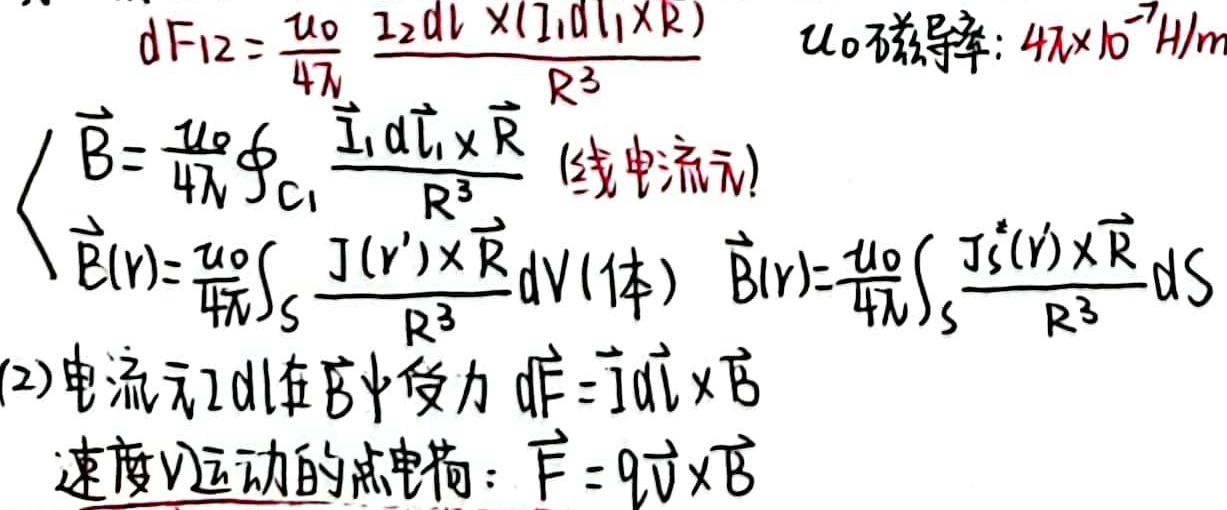
磁导率\(\mu_0\)：\(4\pi\times 10^{-7} \text{H}/\text{m}\)
\[
dF_{12}=\frac{\mu_0}{4\pi}\frac{I_2 d\vec{l}_2\times (I_1 d\vec{l}_1\times \vec{R})}{R^{3}}
\]
\[
\begin{cases}
\vec{B}=\frac{\mu_0}{4\pi}\oint_{C_1}\frac{I_1 d\vec{l}_1\times \vec{R}}{R^{3}} & \text{(线电流元)}\\
\vec{B}(\vec{r})=\frac{\mu_0}{4\pi}\int_{V}\frac{\vec{J}(\vec{r}')\times \vec{R}}{R^{3}}dV & \text{(体)}\\
\vec{B}(\vec{r})=\frac{\mu_0}{4\pi}\int_{S}\frac{\vec{J}_S(\vec{r}')\times \vec{R}}{R^{3}}dS
\end{cases}
\]
(2) 电流元\(I d\vec{l}\)在\(\vec{B}\)中受力
\[
d\vec{F}=I d\vec{l} \times \vec{B}
\]
速度\(\vec{v}\)运动的点电荷：
\[
\vec{F}=q\vec{v} \times \vec{B}
\]